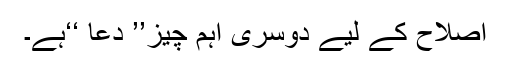
اصلاح کے لیے دوسری اہم چیز’’ دعا ‘‘ہے۔